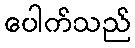
ပေါက်သည်